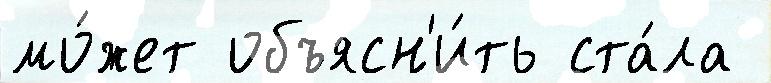
мо́жет объясн'и́ть ста́ла